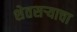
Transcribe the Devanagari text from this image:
शेतसऱ्याचा